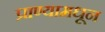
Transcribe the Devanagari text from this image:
प्राण्यामधून